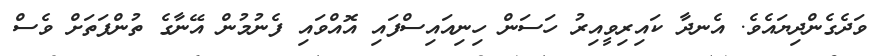
ވަދެގެންދިޔައެވެ. އެނދާ ކައިރިވީއިރު ހަސަން ހިނިއައިސްފައި އޮއްވައި ފެނުމުން އޭނާގެ ތުންފަތަށް ވެސް